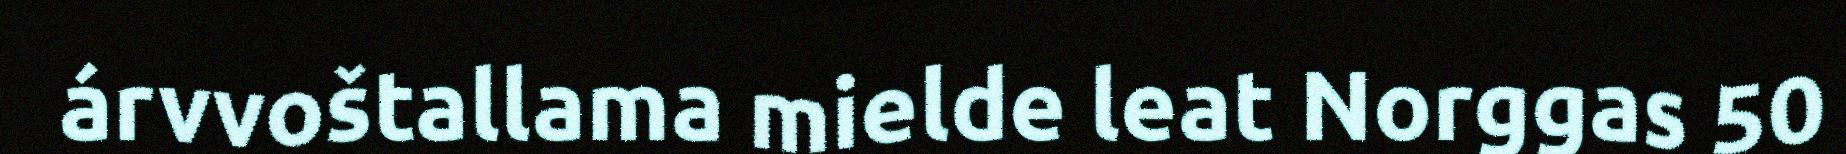
árvvoštallama mielde leat Norggas 50